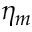
\eta _ { m }